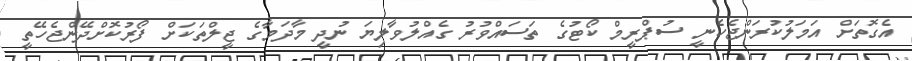
އެގޮތަށް އަމަލުކުރަންޖެހެނީ ސުޕްރީމް ކޯޓުގެ ތަސައްވުރު ގެއްލުވާލިޔަ ނުދީ މާދަމާގެ ޖީލްތަކަށް ފޯރުކޮށްދޭންޖެހޭތީ